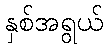
နှစ်အရွယ်